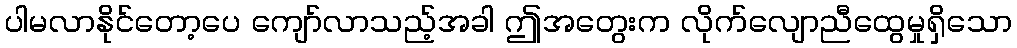
ပါမလာနိုင်တော့ပေ ကျော်လာသည့်အခါ ဤအတွေးက လိုက်လျောညီထွေမှုရှိသော